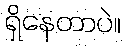
ရှိနေတာပဲ။